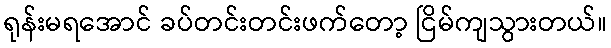
ရုန်းမရအောင် ခပ်တင်းတင်းဖက်တော့ ငြိမ်ကျသွားတယ်။